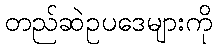
တည်ဆဲဥပဒေများကို